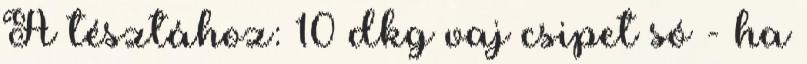
A tésztához: 10 dkg vaj csipet só - ha